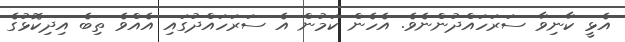
އެޅީ ކާނިވާ ސަރަހައްދުންނެވެ. އެހެން ކަމުން އެ ސަރަހައްދުގައި އެއްވެ ތިބެ އިދިކޮޅުގެ